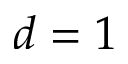
d = 1